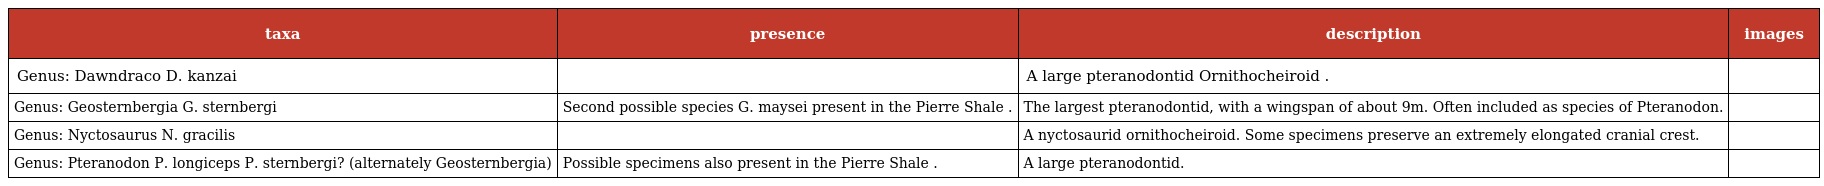
| taxa | presence | description | images |
 | --- | --- | --- | --- |
 | Genus: Dawndraco D. kanzai |  | A large pteranodontid Ornithocheiroid . |  |
 | Genus: Geosternbergia G. sternbergi | Second possible species G. maysei present in the Pierre Shale . | The largest pteranodontid, with a wingspan of about 9m. Often included as species of Pteranodon. |  |
 | Genus: Nyctosaurus N. gracilis |  | A nyctosaurid ornithocheiroid. Some specimens preserve an extremely elongated cranial crest. |  |
 | Genus: Pteranodon P. longiceps P. sternbergi? (alternately Geosternbergia) | Possible specimens also present in the Pierre Shale . | A large pteranodontid. |  |